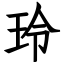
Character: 玲